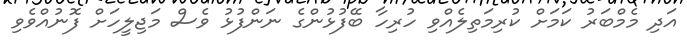
އަދި މެމްބަރު ކަމަށް ކުރިމަތިލެއްވި ހުރިހާ ބޭފުޅުންގެ ނަންފުޅު ވެސް މަޖިލީހަށް ފޮނުއްވެވި